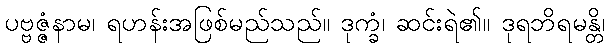
ပဗ္ဗဇ္ဇံနာမ၊ ရဟန်းအဖြစ်မည်သည်။ ဒုက္ခံ၊ ဆင်းရဲ၏။ ဒုရဘိရမန္တိ၊